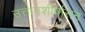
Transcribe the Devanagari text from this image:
उत्तानशीर्षासन